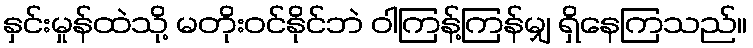
နှင်းမှုန်ထဲသို့ မတိုးဝင်နိုင်ဘဲ ဝါကြန့်ကြန်မျှ ရှိနေကြသည်။